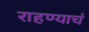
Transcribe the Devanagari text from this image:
राहण्याचं